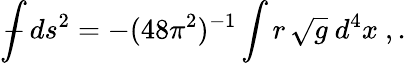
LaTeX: {\int\! \! \! \! \! \! -}\, ds^{2}=-(48\pi^{2})^{-1}\int r\, \sqrt{g}\ d^{4}x\ ,.